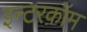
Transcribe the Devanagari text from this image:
इन्टरकॉम